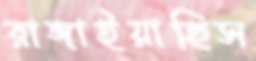
রাঙ্গাইয়াছিস